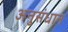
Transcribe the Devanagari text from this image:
अनुसंधान